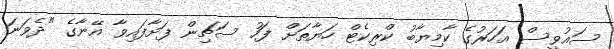
ސައުވީސް އަހަރުގެ ކާމިޔާބު ކްރިކެޓް ހަޔާތަށް ފަހު ސަޗިން ފަށާފައިވާ އޭނާގެ "ދެވަނަ